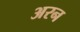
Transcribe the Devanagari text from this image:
अरन